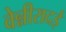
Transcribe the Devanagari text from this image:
वेन्नीरादई